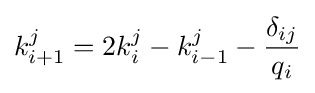
k_{i+1}^{j}=2k_{i}^{j}-k_{i-1}^{j}-{\frac {\delta _{ij}}{q_{i}}}